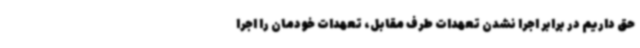
حق داریم در برابر اجرا نشدن تعهدات طرف مقابل، تعهدات خودمان را اجرا